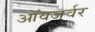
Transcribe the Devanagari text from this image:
ऑवजर्वर